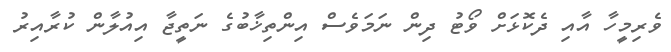
ވެރިމީހާ އާއި ދެކޮޅަށް ވޯޓު ދިން ނަމަވެސް އިންތިޚާބުގެ ނަތީޖާ އިއުލާން ކުރާއިރު